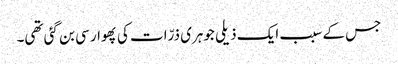
جس کے سبب ایک ذیلی جوہری ذرّات کی پھوار سی بن گئی تھی۔